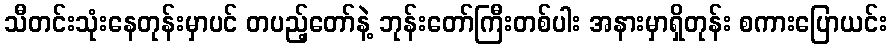
သီတင်းသုံးနေတုန်းမှာပင် တပည့်တော်နဲ့ ဘုန်းတော်ကြီးတစ်ပါး အနားမှာရှိတုန်း စကားပြောယင်း